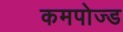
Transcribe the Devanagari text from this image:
कमपोज्ड